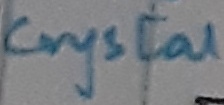
Text: Crystal